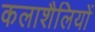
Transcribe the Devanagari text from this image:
कलाशैलियों